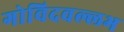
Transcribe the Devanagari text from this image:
गोविदवल्लभ